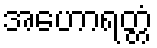
အဟောရတ္တံ